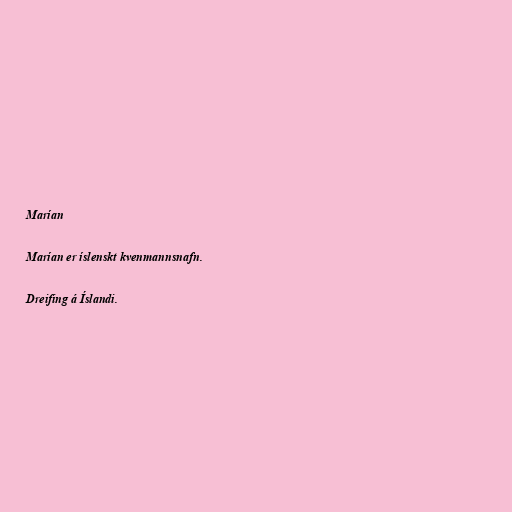
Marían

Marían er íslenskt kvenmannsnafn.

Dreifing á Íslandi.